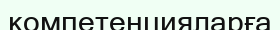
компетенцияларға